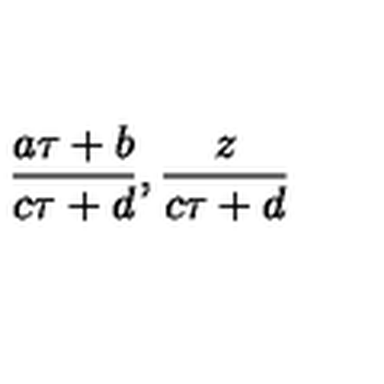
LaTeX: { \frac { a \tau + b } { c \tau + d } } , { \frac { z } { c \tau + d } }